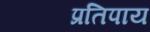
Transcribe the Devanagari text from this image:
प्रतिपाय